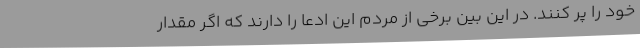
خود را پر کنند. در این بین برخی از مردم این ادعا را دارند که اگر مقدار